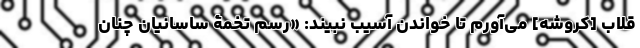
قلاب [کروشه] می‌آورم تا خواندن آسیب نبیند: «رسم تخمۀ ساسانیان چنان